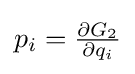
{\textstyle {p}_{i}={\frac {\partial G_{2}}{\partial {q}_{i}}}}